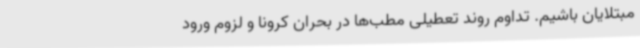
مبتلایان باشیم. تداوم روند تعطیلی مطب‌ها در بحران کرونا و لزوم ورود